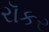
રૉકર